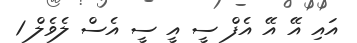
އައި އޭ އޭ އެފް ސީ އީ ސީ އެސް ލެވެލް 1